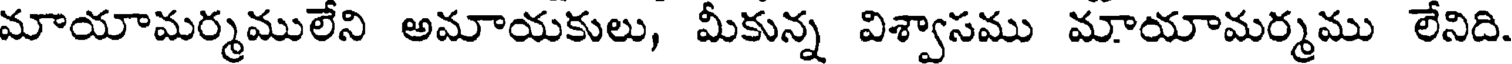
మాయామర్మములేని అమాయకులు, మీకున్న విశ్వాసము మాయామర్మము లేనిది.